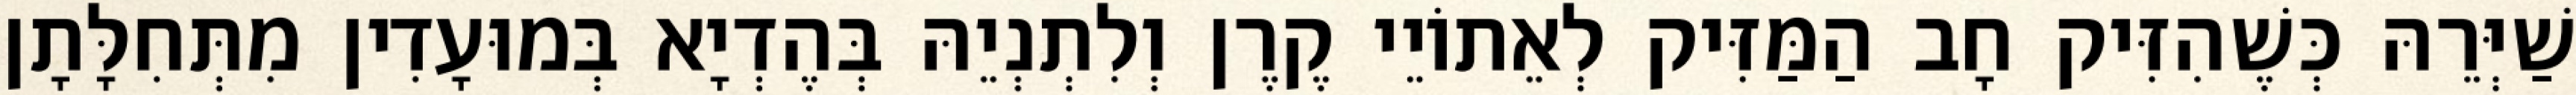
שַׁיְּרֵהּ כְּשֶׁהִזִּיק חָב הַמַּזִּיק לְאֵתוֹיֵי קֶרֶן וְלִתְנְיֵהּ בְּהֶדְיָא בְּמוּעָדִין מִתְּחִלָּתָן